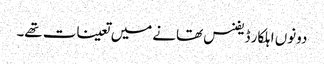
دونوں اہلکار ڈیفنس تھانے میں تعینات تھے۔